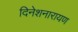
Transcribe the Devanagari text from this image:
दिनेशनारायण